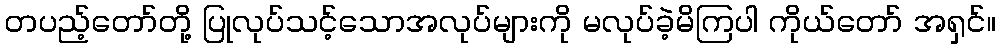
တပည့်တော်တို့ ပြုလုပ်သင့်သောအလုပ်များကို မလုပ်ခဲ့မိကြပါ ကိုယ်တော် အရှင်။